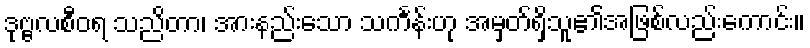
ဒုဗ္ဗလစီဝရ သညိတာ၊ အားနည်းသော သင်္ကန်းဟု အမှတ်ရှိသူ၏အဖြစ်လည်းကောင်း။